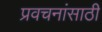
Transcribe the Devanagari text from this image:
प्रवचनांसाठी